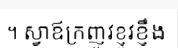
។ ស្វាឪក្រញូវខ្ញូវខ្ញឹង